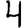
Digit: 4